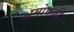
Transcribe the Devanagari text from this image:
अमोघजी